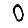
Digit: 0